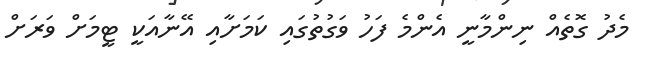
މެދު ގޮތެއް ނިންމާނީ އެންމެ ފަހު ވަގުތުގައި ކަމަށާއި އޭނާއަކީ ޓީމަށް ވަރަށް